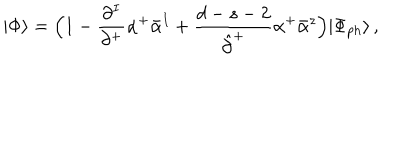
| \Phi \rangle = \Bigl ( 1 - \frac { \partial ^ { I } } { \partial ^ { + } } \alpha ^ { + } \bar { \alpha } ^ { I } + \frac { d - s - 2 } { \hat { \partial } ^ { + } } \alpha ^ { + } \bar { \alpha } ^ { z } \Bigr ) | \Phi _ { p h } \rangle \, ,